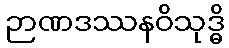
ဉာဏဒဿနဝိသုဒ္ဓိ